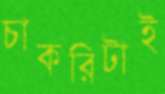
চাকরিটাই